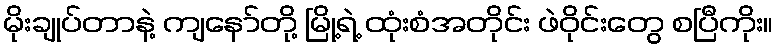
မိုးချုပ်တာနဲ့ ကျနော်တို့ မြို့ရဲ့ ထုံးစံအတိုင်း ဖဲဝိုင်းတွေ စပြီကိုး။